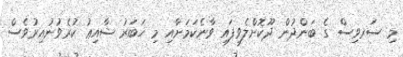
މި ސަރވިސް ގެ ބަންދުން ދޫކޮށްލެވިފައި ވާނެކަމަށާއި މި ޚަބަރު ޝާއިޢު ކުރެވުނުއިރުވެސް